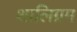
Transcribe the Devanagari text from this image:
शालिग्रम